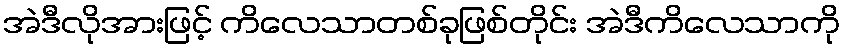
အဲဒီလိုအားဖြင့် ကိလေသာတစ်ခုဖြစ်တိုင်း အဲဒီကိလေသာကို